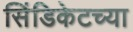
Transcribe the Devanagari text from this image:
सिंडिकेटच्या